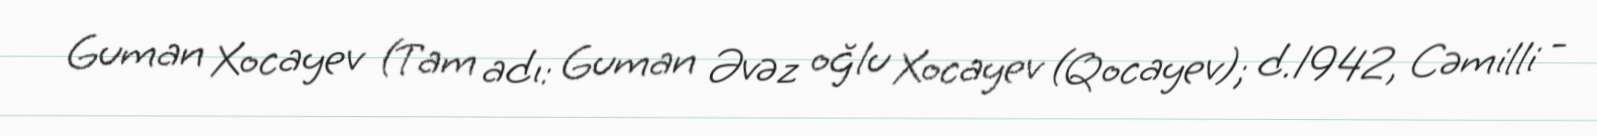
Guman Xocayev (Tam adı: Guman Əvəz oğlu Xocayev (Qocayev); d.1942, Cəmilli -